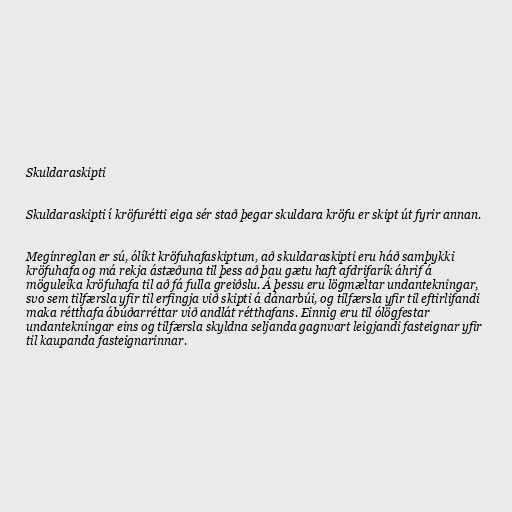
Skuldaraskipti

Skuldaraskipti í kröfurétti eiga sér stað þegar skuldara kröfu er skipt út fyrir annan.

Meginreglan er sú, ólíkt kröfuhafaskiptum, að skuldaraskipti eru háð samþykki
kröfuhafa og má rekja ástæðuna til þess að þau gætu haft afdrifarík áhrif á
möguleika kröfuhafa til að fá fulla greiðslu. Á þessu eru lögmæltar undantekningar,
svo sem tilfærsla yfir til erfingja við skipti á dánarbúi, og tilfærsla yfir til eftirlifandi
maka rétthafa ábúðarréttar við andlát rétthafans. Einnig eru til ólögfestar
undantekningar eins og tilfærsla skyldna seljanda gagnvart leigjandi fasteignar yfir
til kaupanda fasteignarinnar.